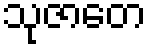
သုဇာတေ